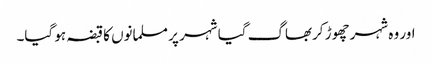
اور وہ شہر چھوڑ کربھاگ گیا شہر پر مسلمانوں کا قبضہ ہو گیا۔